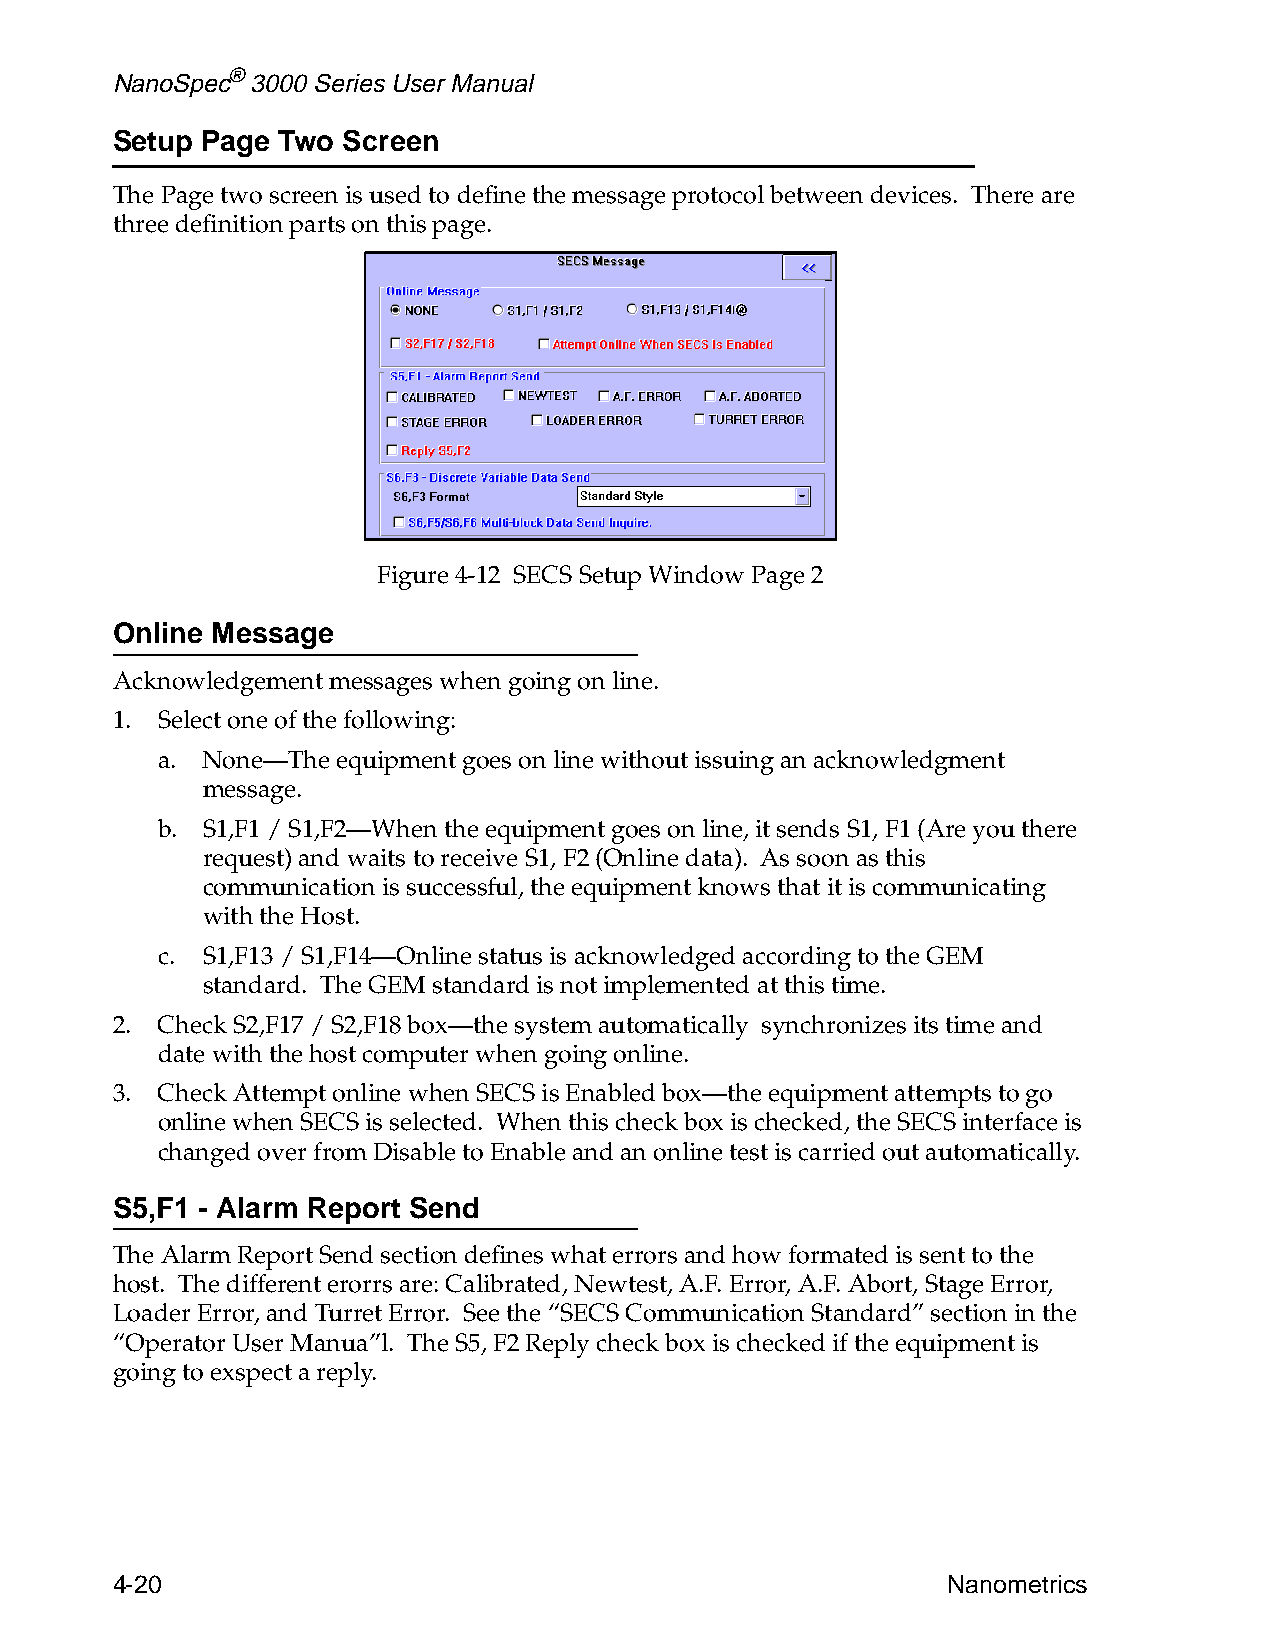
NanoSpec® 3000 Series User Manual
 Setup Page Two  Screen
 The Page two screen is used to define the message protocol between devices. There are
 three definition parts on this page.
 Figure 4-12 SECS Setup Window Page 2
 Online Message
 Acknowledgement messages when going on line.
 1. Select one of the following:
 a. None—The equipment goes on line without issuing an acknowledgment
 message.
 b. S1,F1 / S1,F2—When the equipment goes on line, it sends S1, F1 (Are you there
 request) and waits to receive S1, F2 (Online data). As soon as this
 communication is successful, the equipment knows that it is communicating
 with the Host.
 c. S1,F13 / S1,F14—Online status is acknowledged according to the GEM
 standard. The GEM standard is not implemented at this time.
 2. Check S2,F17 / S2,F18 box—the system automatically synchronizes its time and
 date with the host computer when going online.
 3. Check Attempt online when SECS is Enabled box—the equipment attempts to go
 online when SECS is selected. When this check box is checked, the SECS interface is
 changed over from Disable to Enable and an online test is carried out automatically.
 S5,F1 - Alarm Report Send
 The Alarm Report Send section defines what errors and how formated is sent to the
 host. The different erorrs are: Calibrated, Newtest, A.F. Error, A.F. Abort, Stage Error,
 Loader Error, and Turret Error. See the “SECS Communication Standard” section in the
 “Operator User Manua”l. The S5, F2 Reply check box is checked if the equipment is
 going to exspect a reply.
 4-20                                                    Nanometrics